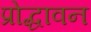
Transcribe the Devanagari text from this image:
प्रोद्धावन